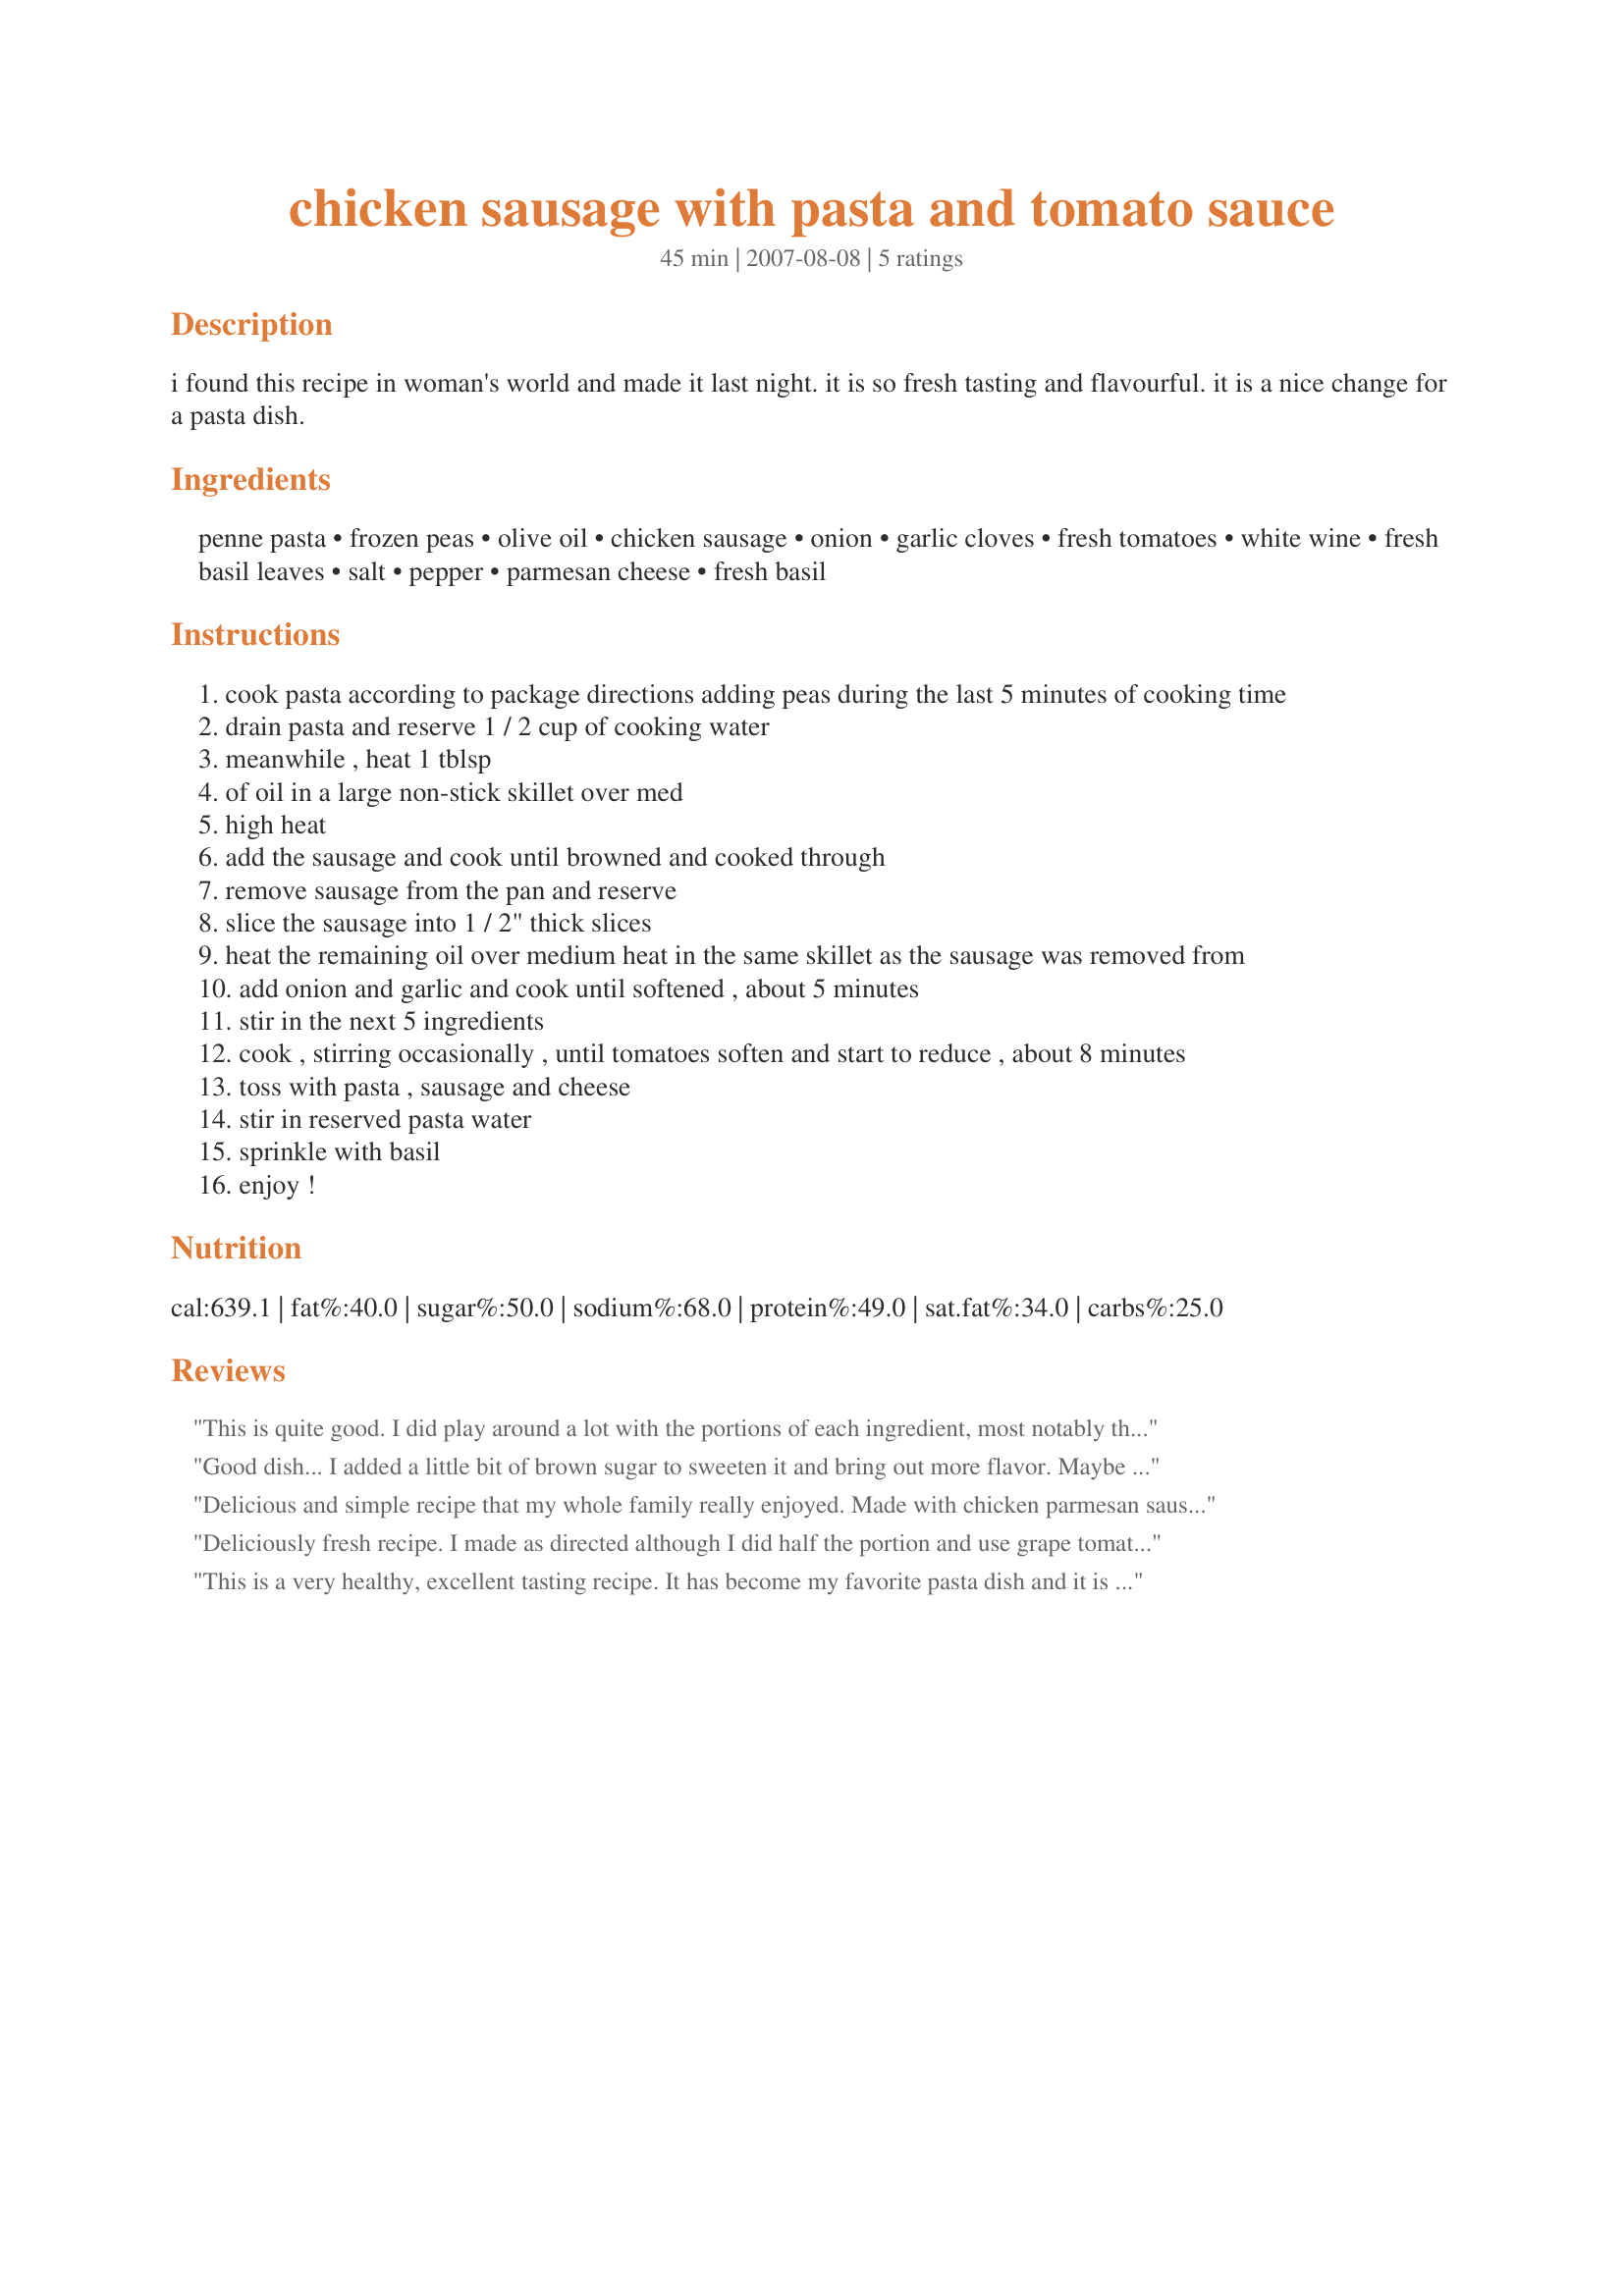
chicken sausage with pasta and tomato sauce
Preparation time: 45 minutes

i found this recipe in woman's world and made it last night. it is so fresh tasting and flavourful. it is a nice change for a pasta dish.

Ingredients:
penne pasta, frozen peas, olive oil, chicken sausage, onion, garlic cloves, fresh tomatoes, white wine, fresh basil leaves, salt, pepper, parmesan cheese, fresh basil

Steps:
cook pasta according to package directions adding peas during the last 5 minutes of cooking time
drain pasta and reserve 1 / 2 cup of cooking water
meanwhile , heat 1 tblsp
of oil in a large non-stick skillet over med
high heat
add the sausage and cook until browned and cooked through
remove sausage from the pan and reserve
slice the sausage into 1 / 2" thick slices
heat the remaining oil over medium heat in the same skillet as the sausage was removed from
add onion and garlic and cook until softened , about 5 minutes
stir in the next 5 ingredients
cook , stirring occasionally , until tomatoes soften and start to reduce , about 8 minutes
toss with pasta , sausage and cheese
stir in reserved pasta water
sprinkle with basil
enjoy !

Reviews:
This is quite good. I did play around a lot with the portions of each ingredient, most notably the amount of pasta (we eat a lot more than 1/8 pound each). DH really liked the peas in it. Thanks, Laff!
Good dish... I added a little bit of brown sugar to sweeten it and bring out more flavor. Maybe my tomatoes weren't very good?
Delicious and simple recipe that my whole family really enjoyed. Made with chicken parmesan sausage that was so yummy.
Deliciously fresh recipe. I made as directed although I did half the portion and use grape tomatoes (I had them on hand). I didn't cook them down all the way because I really like the tomatoes and wanted them slightly firm still. This is a flavorful, quick meal anytime. DH and I enjoyed it immensely! Tahnks for posting!
This is a very healthy, excellent tasting recipe. It has become my favorite pasta dish and it is so easy. I used organic Italian style chicken sausage and it was delicious.
